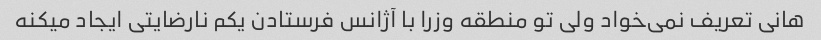
هانی تعریف نمی‌خواد ولی تو منطقه وزرا با آژانس فرستادن یکم نارضایتی ایجاد میکنه